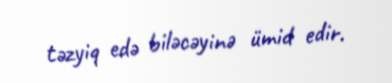
təzyiq edə biləcəyinə ümid edir.